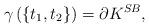
LaTeX: \begin{align*}\gamma \left( \left\{ t_1,t_2 \right\} \right)= \partial K^{SB},\end{align*}